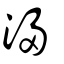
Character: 㴆